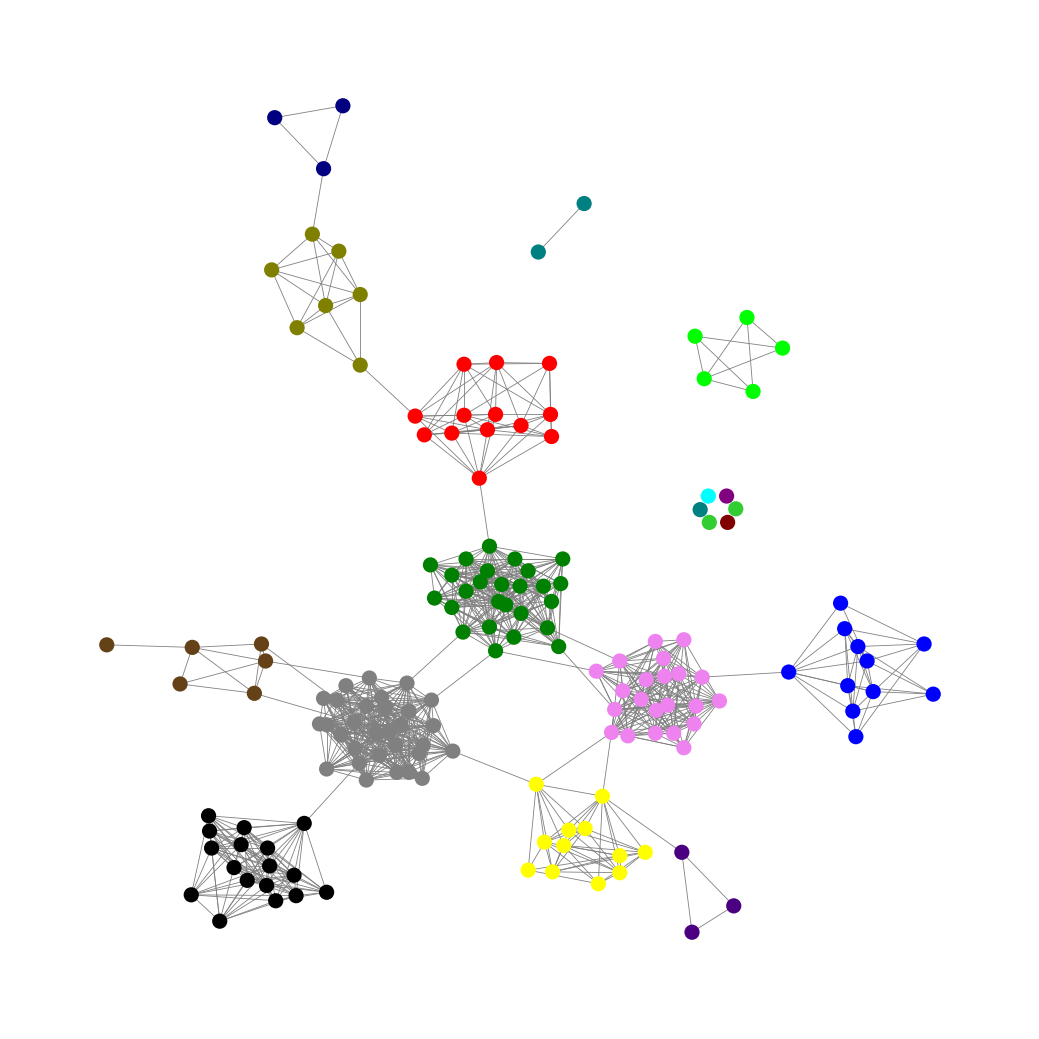
Graph connected: No
Number of connected components: 9
Number of singletons: 6
Total number of nodes: 163
Total number of edges: 993
Number of communities: 17
Community sizes:
Aqua: 1
Black: 17
Blue: 11
Gray: 30
Green: 26
Indigo: 3
Lime: 5
Lime Green: 2
Maroon: 1
Navy: 3
Olive: 7
Pullman Brown: 6
Purple: 1
Red: 13
Teal: 3
Violet: 22
Yellow: 12
Graph layout: tda
Graph generation method: erdos_renyi